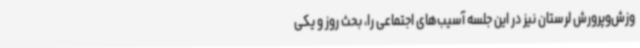
وزش‌وپرورش لرستان نیز در این جلسه آسیب‌های اجتماعی را، بحث روز و یکی